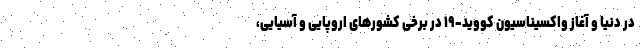
در دنیا و آغاز واکسیناسیون کووید-۱۹ در برخی کشورهای اروپایی و آسیایی،